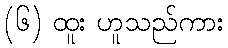
(၆) ထူး ဟူသည်ကား